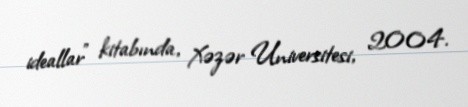
ideallar" kitabında, Xəzər Universitesi, 2004.